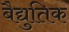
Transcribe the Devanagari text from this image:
बैद्युतिक